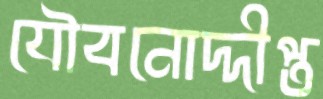
যৌবনোদ্দীপ্ত